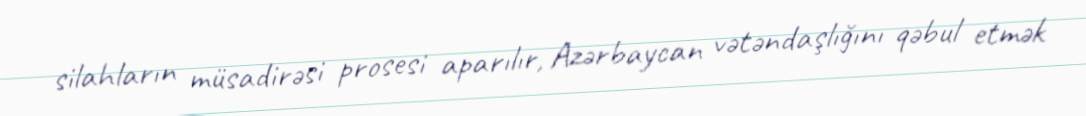
silahların müsadirəsi prosesi aparılır, Azərbaycan vətəndaşlığını qəbul etmək